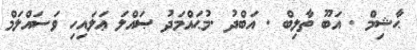
ޙާޝިމް . އަބޫ ތާލިބް . އަބްދު .މުޙައްމަދު ޞައްލަ ޢަލައިހި ވަސައްލަމް